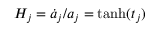
H _ { j } = \dot { a } _ { j } / a _ { j } = \operatorname { t a n h } ( t _ { j } )